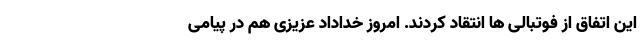
این اتفاق از فوتبالی ها انتقاد کردند. امروز خداداد عزیزی هم در پیامی